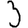
Digit: 3